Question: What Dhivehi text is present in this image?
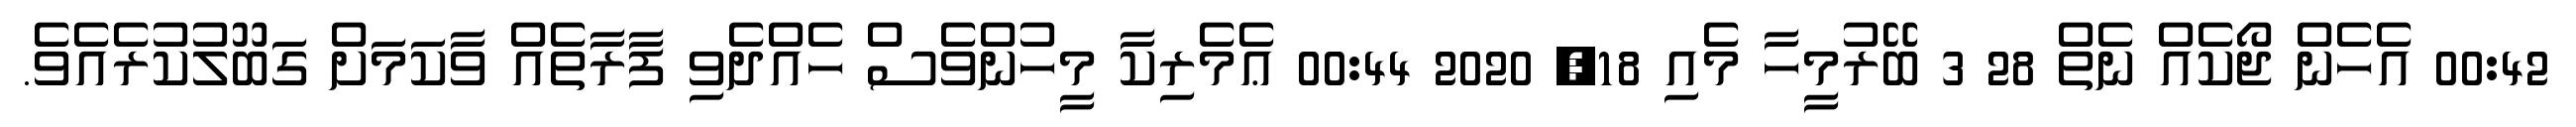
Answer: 00:42 އެހެން ޖޯކެއް ނެތް 28 3 ބޭރުމީހާ މެއި 18, 2020 00:44 ޢެމެރިކާ މީހުންވެސް ހެއްދެވި ފާރާތެއް ވާކަމަށް ގަބޫލުކުރެއެވެ.